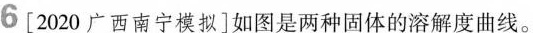
6[2020]广西南宁模拟]如图是两种固体的溶解度曲线。